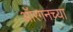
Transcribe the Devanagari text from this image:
ऑरगनच्या